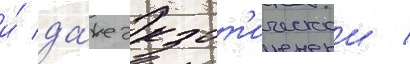
и́ да́же экзот'ическои /